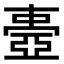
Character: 𠁕